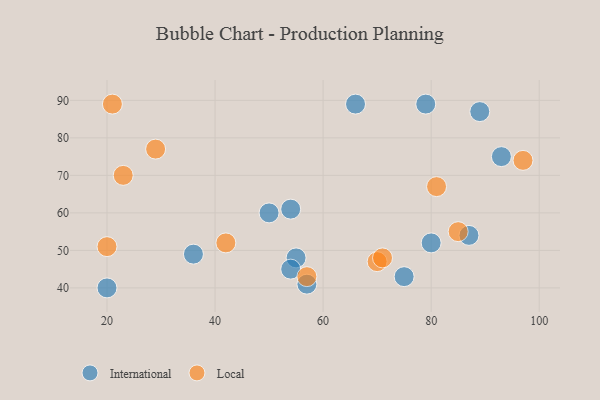
{"axis": {"x": "GDP", "y": "Life Expectancy"}, "legend": ["International", "Local"], "data": [{"x": "66", "y": 89, "type": "International"}, {"x": "79", "y": 89, "type": "International"}, {"x": "36", "y": 49, "type": "International"}, {"x": "50", "y": 60, "type": "International"}, {"x": "55", "y": 48, "type": "International"}, {"x": "87", "y": 54, "type": "International"}, {"x": "93", "y": 75, "type": "International"}, {"x": "54", "y": 45, "type": "International"}, {"x": "20", "y": 40, "type": "International"}, {"x": "75", "y": 43, "type": "International"}, {"x": "57", "y": 41, "type": "International"}, {"x": "80", "y": 52, "type": "International"}, {"x": "54", "y": 61, "type": "International"}, {"x": "89", "y": 87, "type": "International"}, {"x": "70", "y": 47, "type": "Local"}, {"x": "20", "y": 51, "type": "Local"}, {"x": "81", "y": 67, "type": "Local"}, {"x": "57", "y": 43, "type": "Local"}, {"x": "42", "y": 52, "type": "Local"}, {"x": "23", "y": 70, "type": "Local"}, {"x": "97", "y": 74, "type": "Local"}, {"x": "21", "y": 89, "type": "Local"}, {"x": "29", "y": 77, "type": "Local"}, {"x": "71", "y": 48, "type": "Local"}, {"x": "85", "y": 55, "type": "Local"}]}